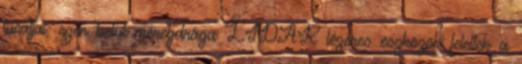
tucatjai, ezen belül méregdrága LIDAR lézeres eszközök feleltek a